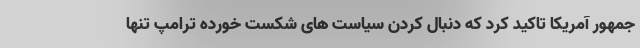
جمهور آمریکا تاکید کرد که دنبال کردن سیاست های شکست خورده ترامپ تنها